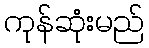
ကုန်ဆုံးမည်